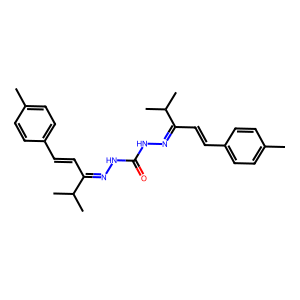
SMILES: Cc1ccc(C=CC(=NNC(=O)NN=C(C=Cc2ccc(C)cc2)C(C)C)C(C)C)cc1
Inhibits HIV replication: No